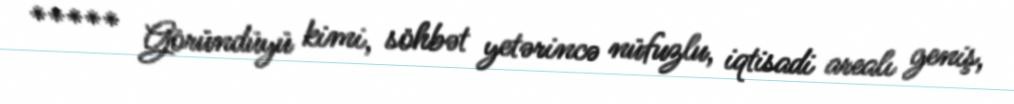
***** Göründüyü kimi, söhbət yetərincə nüfuzlu, iqtisadi arealı geniş,